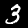
Digit: 3